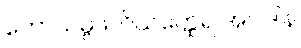
ကောသမ္ဗဖလိယတ္ထေရ အပါဒါန